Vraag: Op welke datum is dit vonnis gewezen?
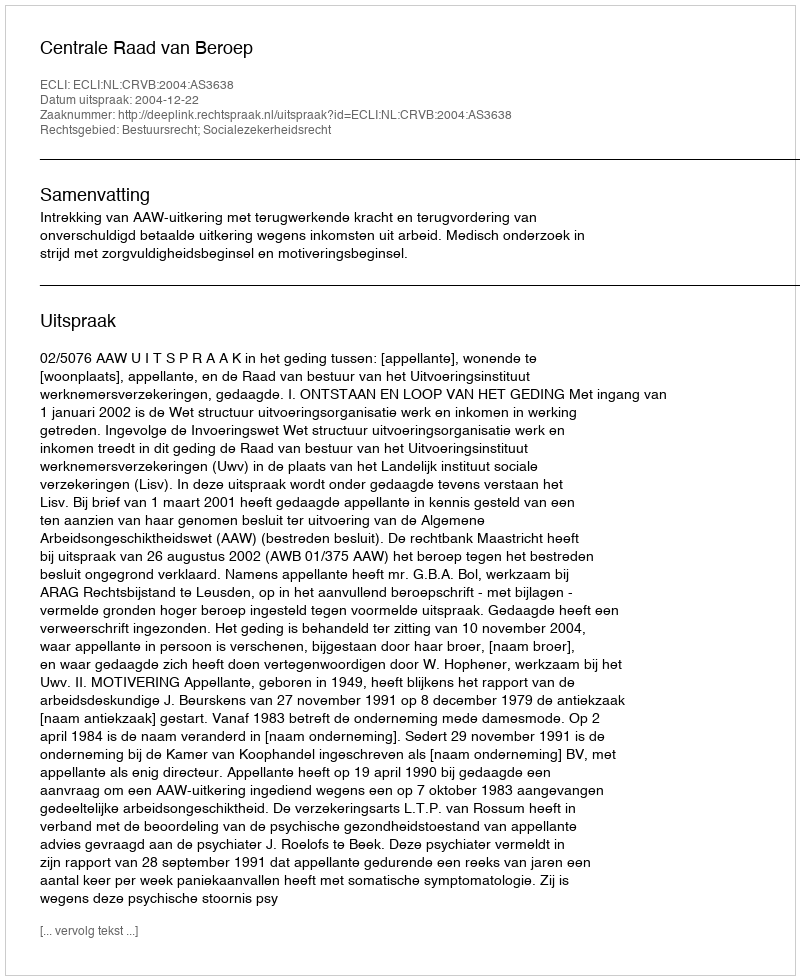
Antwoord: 2004-12-22